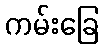
ကမ်းခြေ